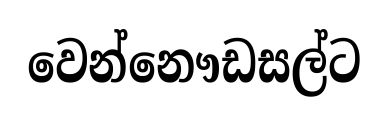
වෙන්නෞඩසල්ට